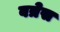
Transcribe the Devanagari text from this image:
बत्रेस